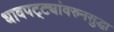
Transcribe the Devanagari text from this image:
धावपट्ट्यांवरुनसुद्धा